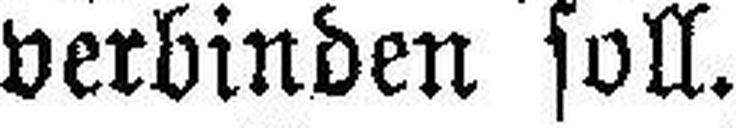
verbinden soll.